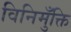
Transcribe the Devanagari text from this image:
विनिमुँक्ति